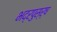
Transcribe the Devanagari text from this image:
भद्रपुस्र्ष